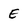
Character: E